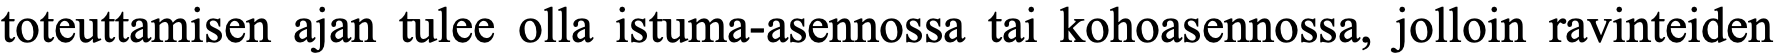
toteuttamisen ajan tulee olla istuma-asennossa tai kohoasennossa, jolloin ravinteiden